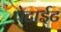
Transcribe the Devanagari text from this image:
पेटाईट